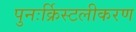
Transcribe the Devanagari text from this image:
पुनःर्क्रिस्टलीकरण